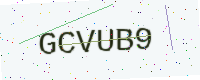
Text: GCVUB9